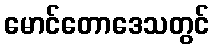
မောင်တောဒေသတွင်